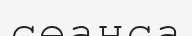
сеанса